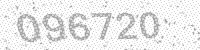
Solution: 096720